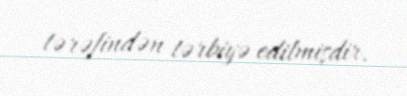
tərəfindən tərbiyə edilmişdir.